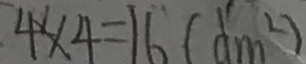
4 \times 4 = 1 6 ( d m ^ { 2 } )